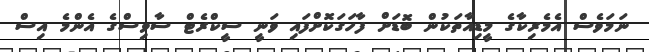
ނަމަވެސް އެމެރިކާގެ މީޑިއާތަކުން ބޮޑަށް ފާހަގަކޮށްފައި ވަނީ ސީކްރެޓް ސާވިސްގެ އެންމެ އިސް